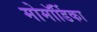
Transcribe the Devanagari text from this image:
मोमॉर्डिका